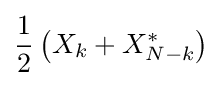
{\frac {1}{2}}\left(X_{k}+X_{N-k}^{*}\right)